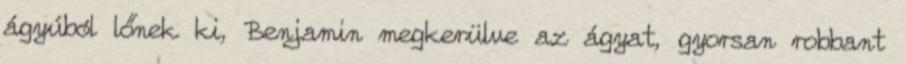
ágyúból lőnek ki, Benjamin megkerülve az ágyat, gyorsan robbant